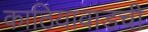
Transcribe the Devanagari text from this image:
काठियावाडची